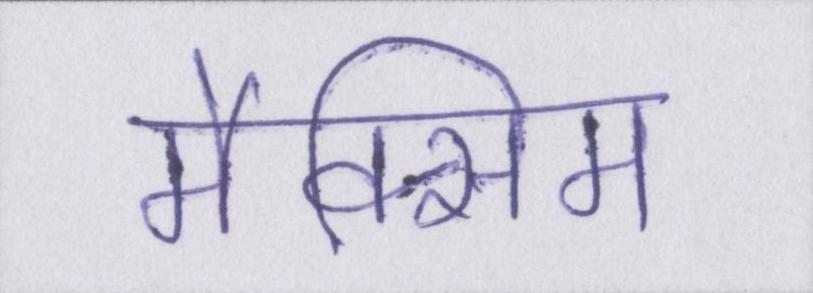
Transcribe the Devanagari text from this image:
मैक्सिम